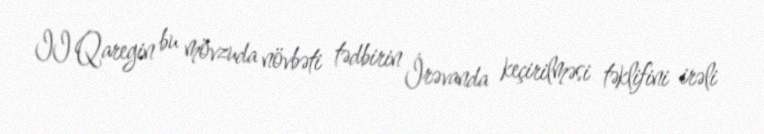
II Qaregin bu mövzuda növbəti tədbirin İrəvanda keçirilməsi təklifini irəli